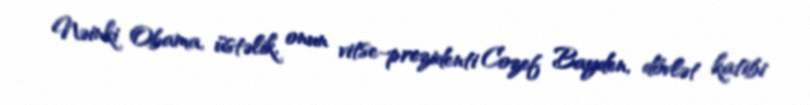
Nəinki Obama, üstəlik, onun vitse-prezidenti Cozef Bayden, dövlət katibi